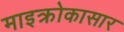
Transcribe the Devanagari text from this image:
माइक्रोकासार